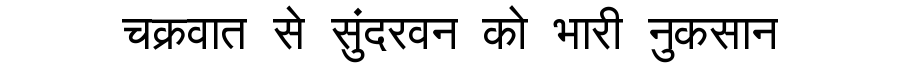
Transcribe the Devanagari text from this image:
चक्रवात से सुंदरवन को भारी नुकसान